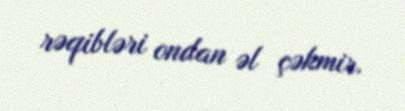
rəqibləri ondan əl çəkmir.